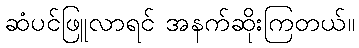
ဆံပင်ဖြူလာရင် အနက်ဆိုးကြတယ်။